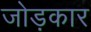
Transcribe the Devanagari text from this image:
जोड़कार